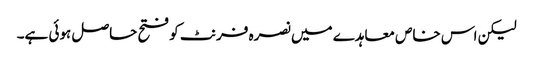
لیکن اس خاص معاہدے میں نصرہ فرنٹ کو فتح حاصل ہوئی ہے۔